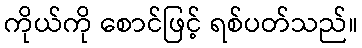
ကိုယ်ကို စောင်ဖြင့် ရစ်ပတ်သည်။